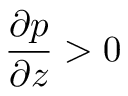
\frac { \partial p } { \partial z } > 0